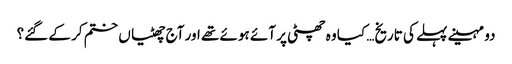
دو مہینے پہلے کی تاریخ… کیا وہ چھٹی پر آئے ہوئے تھے اور آج چھٹیاں ختم کر کے گئے؟